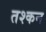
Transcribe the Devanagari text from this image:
तश्कन